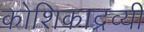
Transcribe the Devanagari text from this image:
कोशिकाद्रव्यी